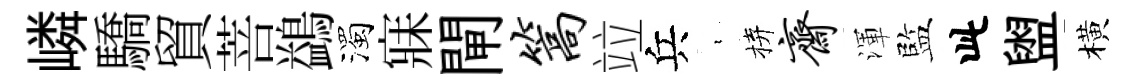
嶙驕貿菩鷁濁寐閘篙竝兵裊拚斋渾監此盥橫